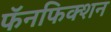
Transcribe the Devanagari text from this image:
फॅनफिक्शन